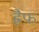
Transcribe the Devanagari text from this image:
ह्नैफ